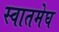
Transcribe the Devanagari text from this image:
स्वातमेघ